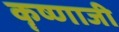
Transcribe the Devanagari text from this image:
कॄष्‍णाजी